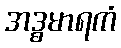
အဒ္ဓမာရကံ